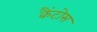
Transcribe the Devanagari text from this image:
कैंटोस